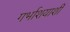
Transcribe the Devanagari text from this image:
गर्भाशयाशी